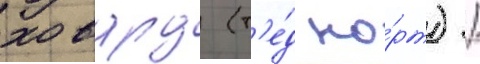
ховард (т'е́д но́рт) /